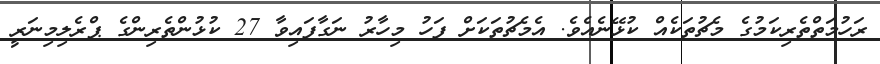
ރަހުމަތްތެރިކަމުގެ މެޗުތަކެއް ކުޅޭނެއެވެ. އެމެޗުތަކަށް ފަހު މިހާރު ނަގާފައިވާ 27 ކުޅުންތެރިންގެ ޕްރެލިމިނަރީ